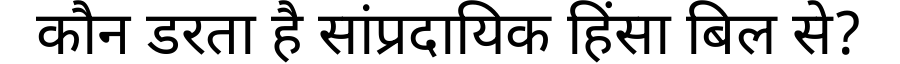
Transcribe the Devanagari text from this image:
कौन डरता है सांप्रदायिक हिंसा बिल से?